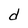
Character: d